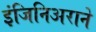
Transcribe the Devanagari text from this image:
इंजिनिअराने